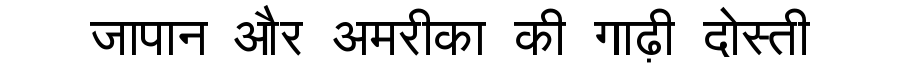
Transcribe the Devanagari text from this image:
जापान और अमरीका की गाढ़ी दोस्ती